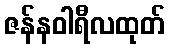
ဇန်နဝါရီလထုတ်